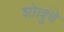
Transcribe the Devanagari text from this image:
शोल्लुंचे